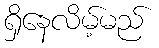
ရှိနေလိမ့်မည်